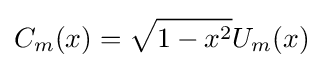
C_{m}(x)={\sqrt {1-x^{2}}}U_{m}(x)